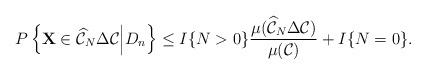
LaTeX: \begin{align*}P \left\lbrace \textbf{X} \in \widehat{\mathcal{C}}_{N} \Delta \mathcal{C} \Big| D_{n} \right\rbrace \leq I \{ N>0 \} \frac{\mu(\widehat{\mathcal{C}}_{N} \Delta \mathcal{C})}{\mu(\mathcal{C})} + I \{ N = 0 \}. \end{align*}